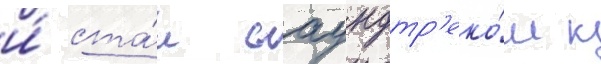
и́ ста́л саундтр'еко́м к